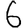
Digit: 6